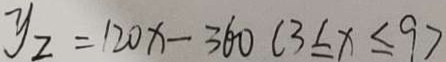
y _ { 2 } = 1 2 0 x - 3 6 0 ( 3 \leq x \leq 9 )